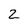
Character: 2